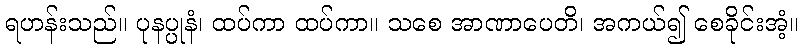
ရဟန်းသည်။ ပုနပ္ပုနံ၊ ထပ်ကာ ထပ်ကာ။ သစေ အာဏာပေတိ၊ အကယ်၍ စေခိုင်းအံ့။